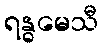
ရန္ဓမေသီ